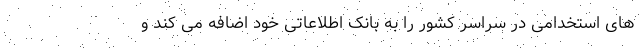
های استخدامی در سراسر کشور را به بانک اطلاعاتی خود اضافه می کند و